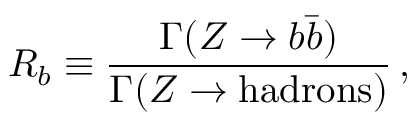
R _ { b } \equiv \frac { \Gamma ( Z \rightarrow b \bar { b } ) } { \Gamma ( Z \rightarrow \mathrm { h a d r o n s } ) } \, ,